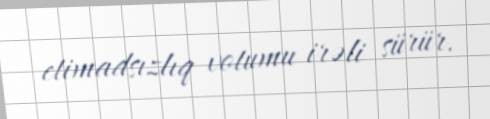
etimadsızlıq votumu irəli sürür.